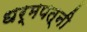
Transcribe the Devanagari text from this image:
धर्मपत्‍नी